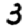
Digit: 3